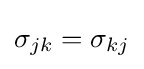
\sigma _{jk}=\sigma _{kj}